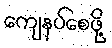
ကျေနပ်စေဖို့